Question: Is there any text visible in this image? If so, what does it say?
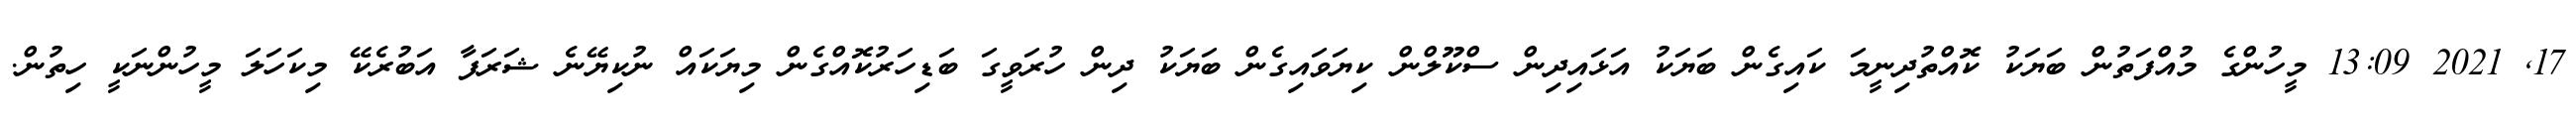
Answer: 17, 2021 13:09 މީހުންގެ މުއްފަތުން ބަޔަކު ކޮއްތުދިނީމަ ކައިގެން ބަޔަކު އަޅައިދިން ސްކޫލްން ކިޔަވައިގެން ބަޔަކު ދިން ހުރަވީގަ ބަޑިހަރުކޮއްގެން މިޔަކައް ނުކިޔޭނެ ޝަރަފާ އަބުރެކޭ މިކަހަލަ މީހުންނަކީ ހިތުން.